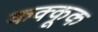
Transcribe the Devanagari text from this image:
कक्कूक